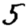
Digit: 5